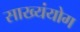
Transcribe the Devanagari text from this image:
साख्यंयोग